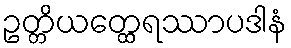
ဥတ္တိယတ္ထေရဿာပဒါနံ